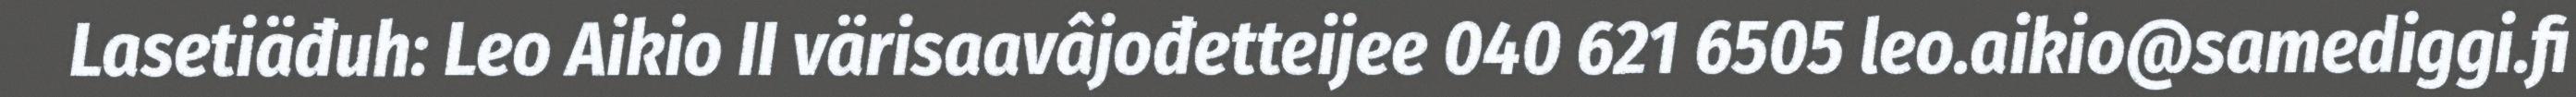
Lasetiäđuh: Leo Aikio II värisaavâjođetteijee 040 621 6505 leo.aikio@samediggi.fi